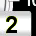
Digit: 2